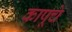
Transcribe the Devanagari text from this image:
कापूचे